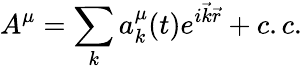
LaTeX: A^{\mu}=\sum_{k}a_{k}^{\mu}(t)e^{i{\vec{k}}{\vec{r}}}+c.c.